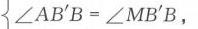
\(\{\angle AB'B=\angle MB'B,\)